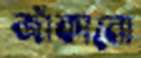
জাঁকানো